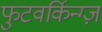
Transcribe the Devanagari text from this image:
फुटवर्किन्ग्ज़